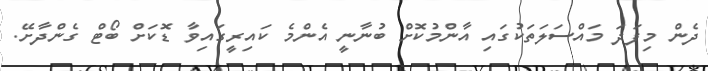
ދެން މިފަދަ މައްސަލަތަކުގައި އާންމުކޮށް ބުނާނީ އެންމެ ކައިރީގައިވާ ޑޮކަށް ބޯޓް ގެންދާށޭ.